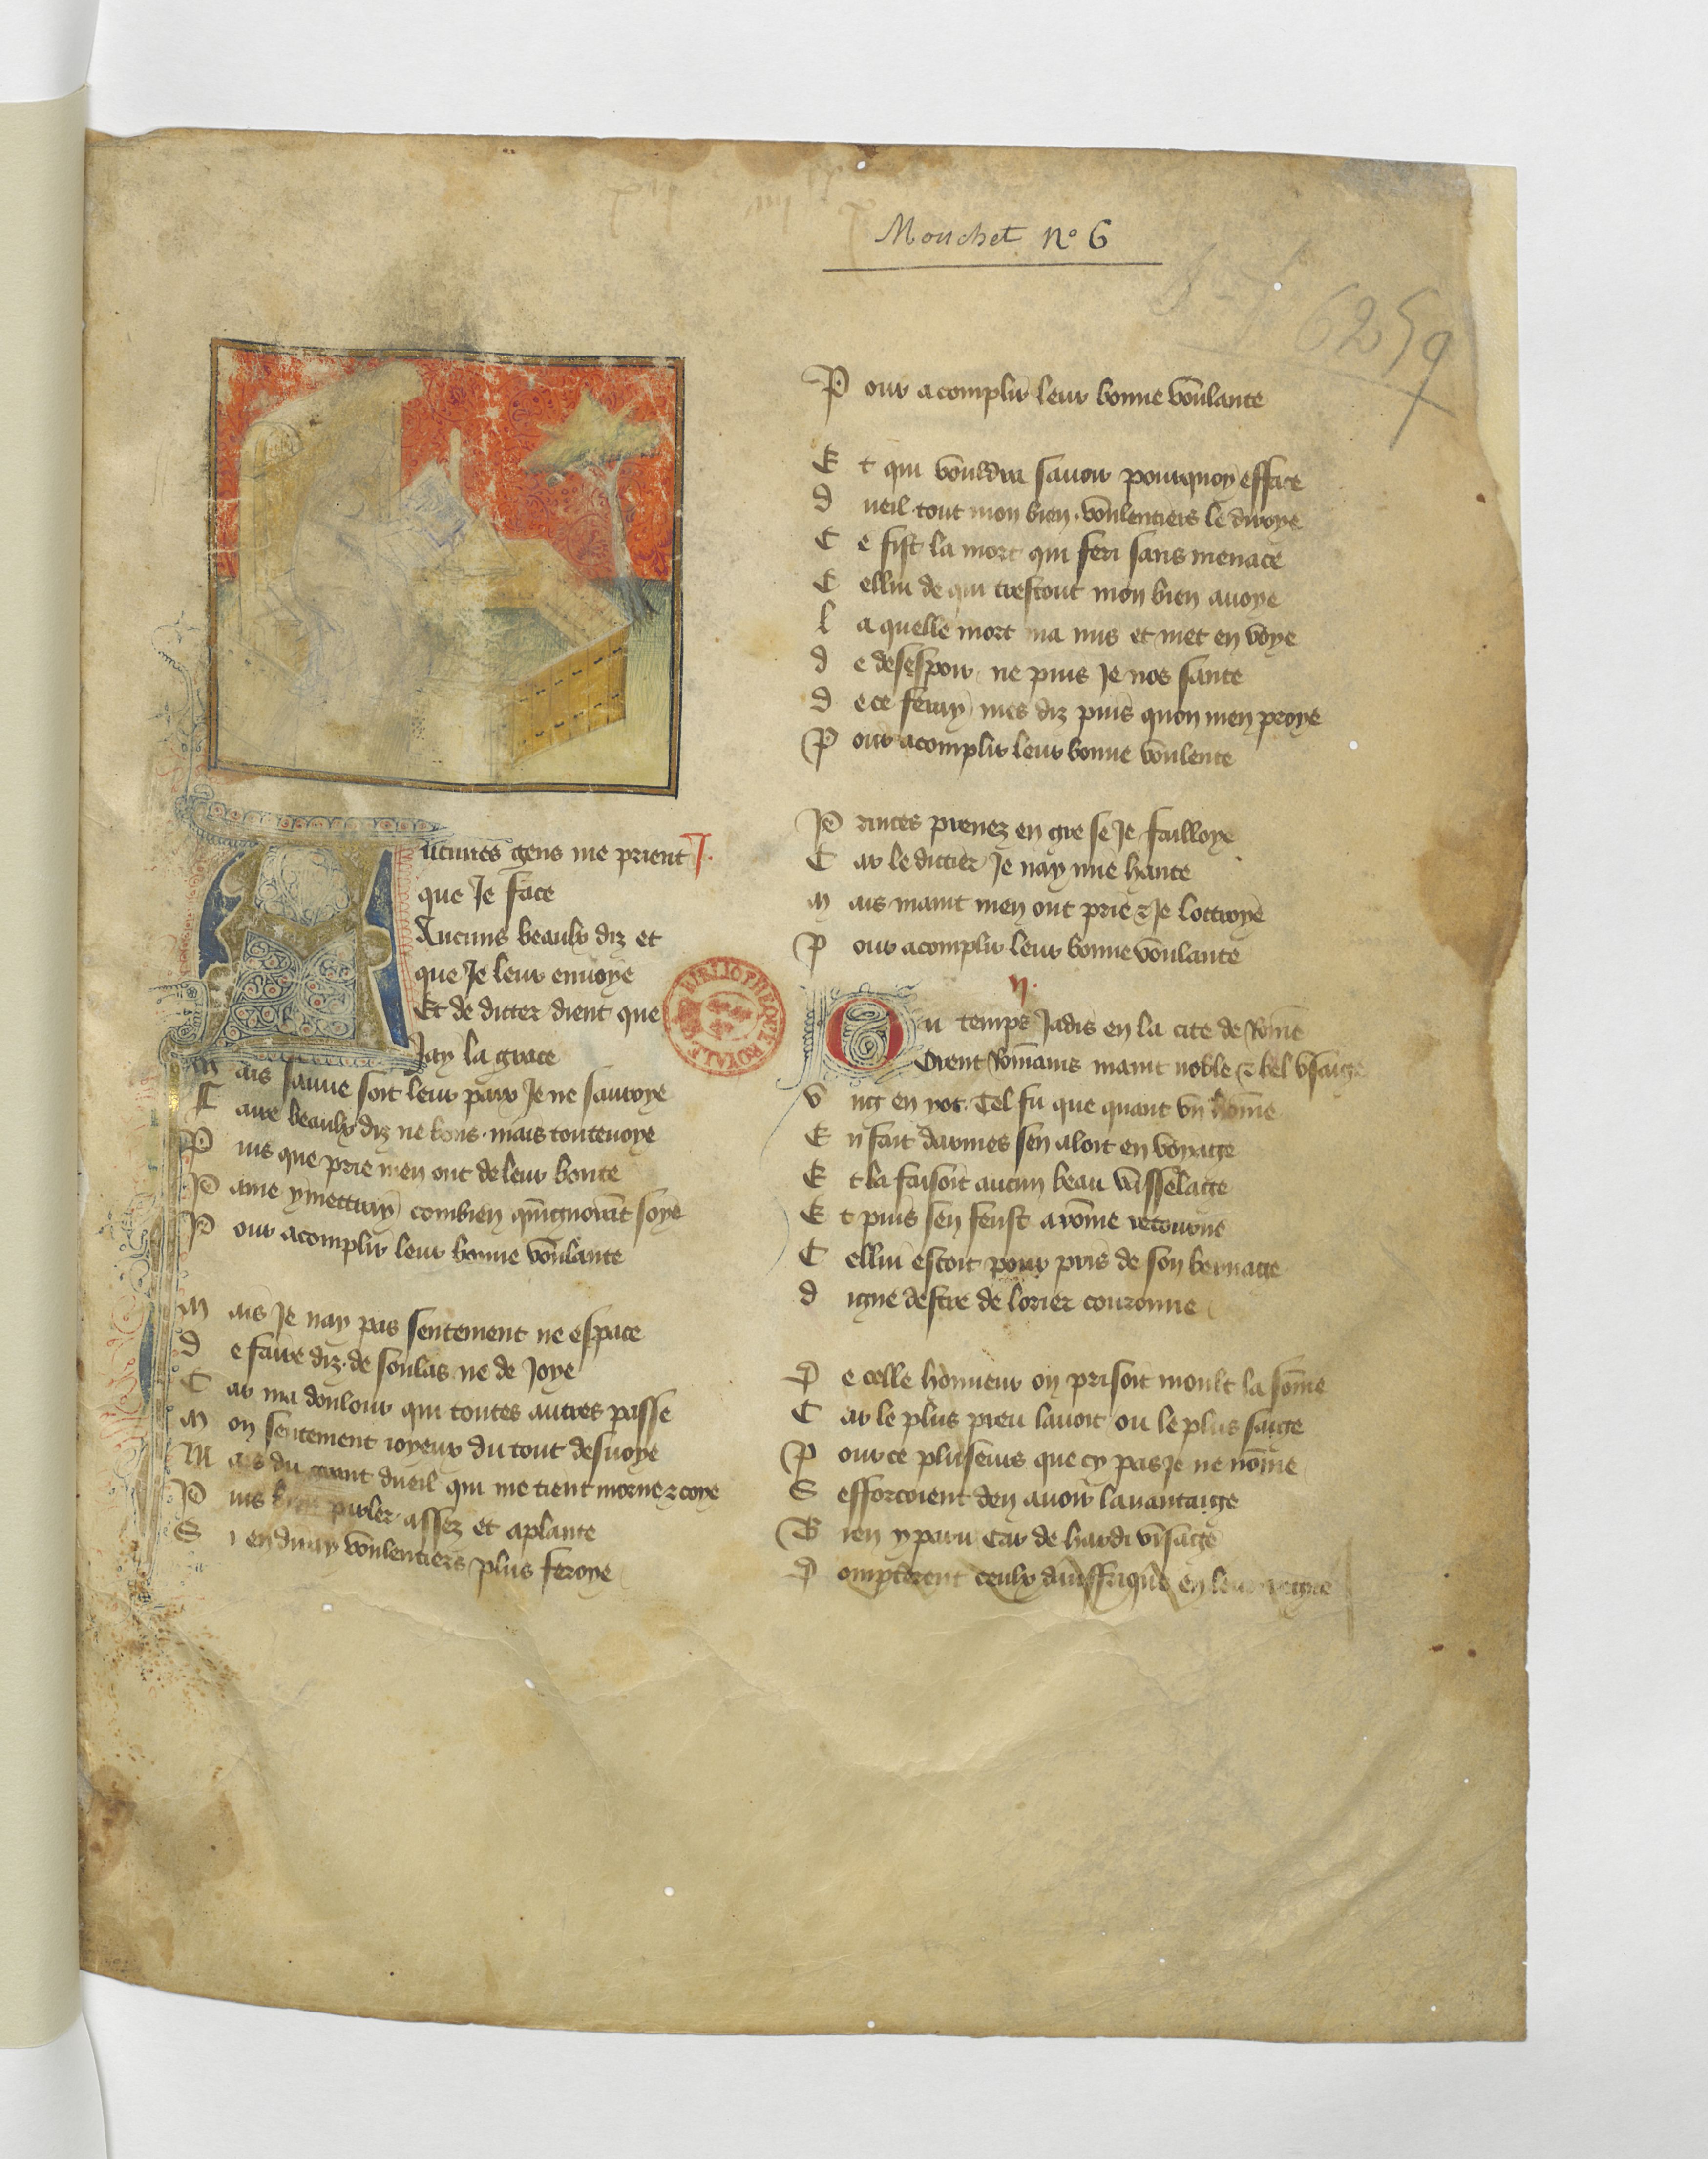
Shelfmark: Paris, BnF, fr. 12779
Century: 15